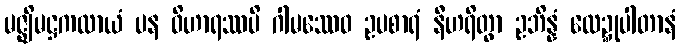
မဇ္ဈိမဋ္ဌကထာယံ ပန ဝိဟာရဿပိ ဂါမဿေဝ ဥပစာရံ နီဟရိတွာ ဥဘိန္နံ လေဍ္ဍုပါတာနံ